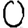
Digit: 0